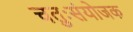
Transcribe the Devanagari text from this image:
चतुःसंयोजक